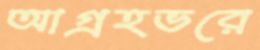
আগ্রহভরে